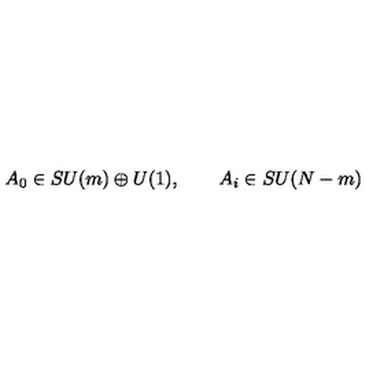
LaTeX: A _ { 0 } \in S U ( m ) \oplus U ( 1 ) , \qquad A _ { i } \in S U ( N - m )